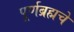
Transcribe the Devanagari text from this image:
पूर्णब्रह्मचे